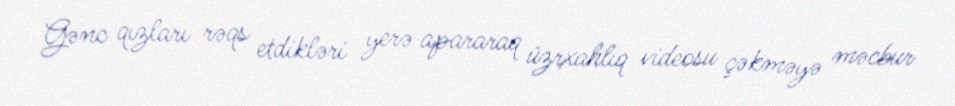
Gənc qızları rəqs etdikləri yerə apararaq üzrxahlıq videosu çəkməyə məcbur